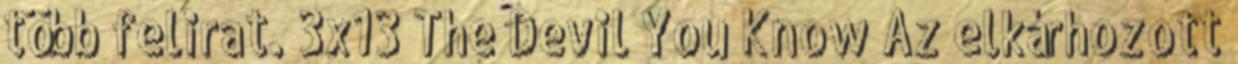
több felirat. 3x13 The Devil You Know Az elkárhozott